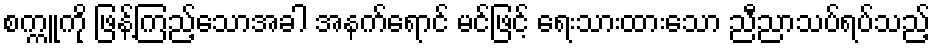
စက္ကူကို ဖြန့်ကြည့်သောအခါ အနက်ရောင် မင်ဖြင့် ရေးသားထားသော ညီညာသပ်ရပ်သည့်